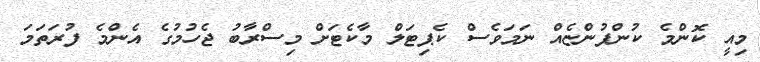
މިއީ ކޮންމެ ކުންފުންޏެއް ނަމަވެސް ކެޕިޓަލް މާކެޓަށް މިސްރާބު ޖެހުމުގެ އެންމެ ފުރަތަމަ